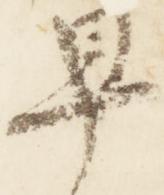
早